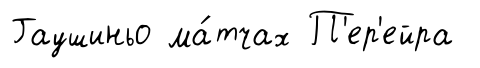
Гаушиньо ма́тчах П'ер'ейра